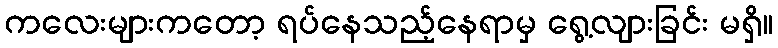
ကလေးများကတော့ ရပ်နေသည့်နေရာမှ ရွေ့လျားခြင်း မရှိ။